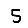
Digit: 5